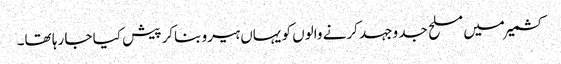
کشمیرمیں مسلح جد وجہد کرنے والوں کو یہاں ہیرو بناکر پیش کیا جا رہا تھا۔